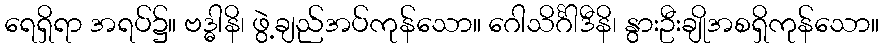
ရေရှိရာ အရပ်၌။ ဗဒ္ဓါနိ၊ ဖွဲ့ချည်အပ်ကုန်သော။ ဂေါသိင်္ဂါဒီနိ၊ နွားဦးချိုအစရှိကုန်သော။